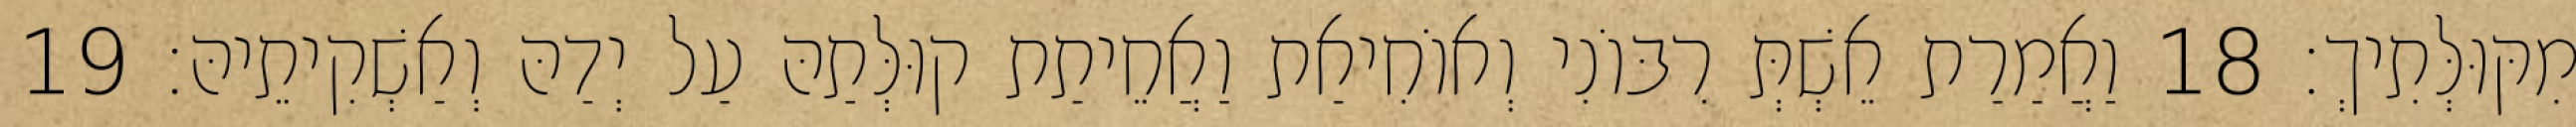
מִקּוּלְּתִיךְ׃ 18 וַאֲמַרַת אֵשְׁתְּ רִבּוֹנִי וְאוֹחִיאַת וַאֲחֵיתַת קוּלְּתַהּ עַל יְדַהּ וְאַשְׁקִיתֵיהּ׃ 19